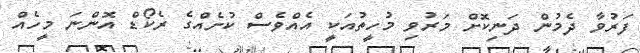
ފަރުވާ ދެމުން ދަނިކޮށް މަރުވި މުހީތުއަކީ އެއްވެސް ކުށެއްގެ ރެކޯޑް އޮންނަ މީހެއް